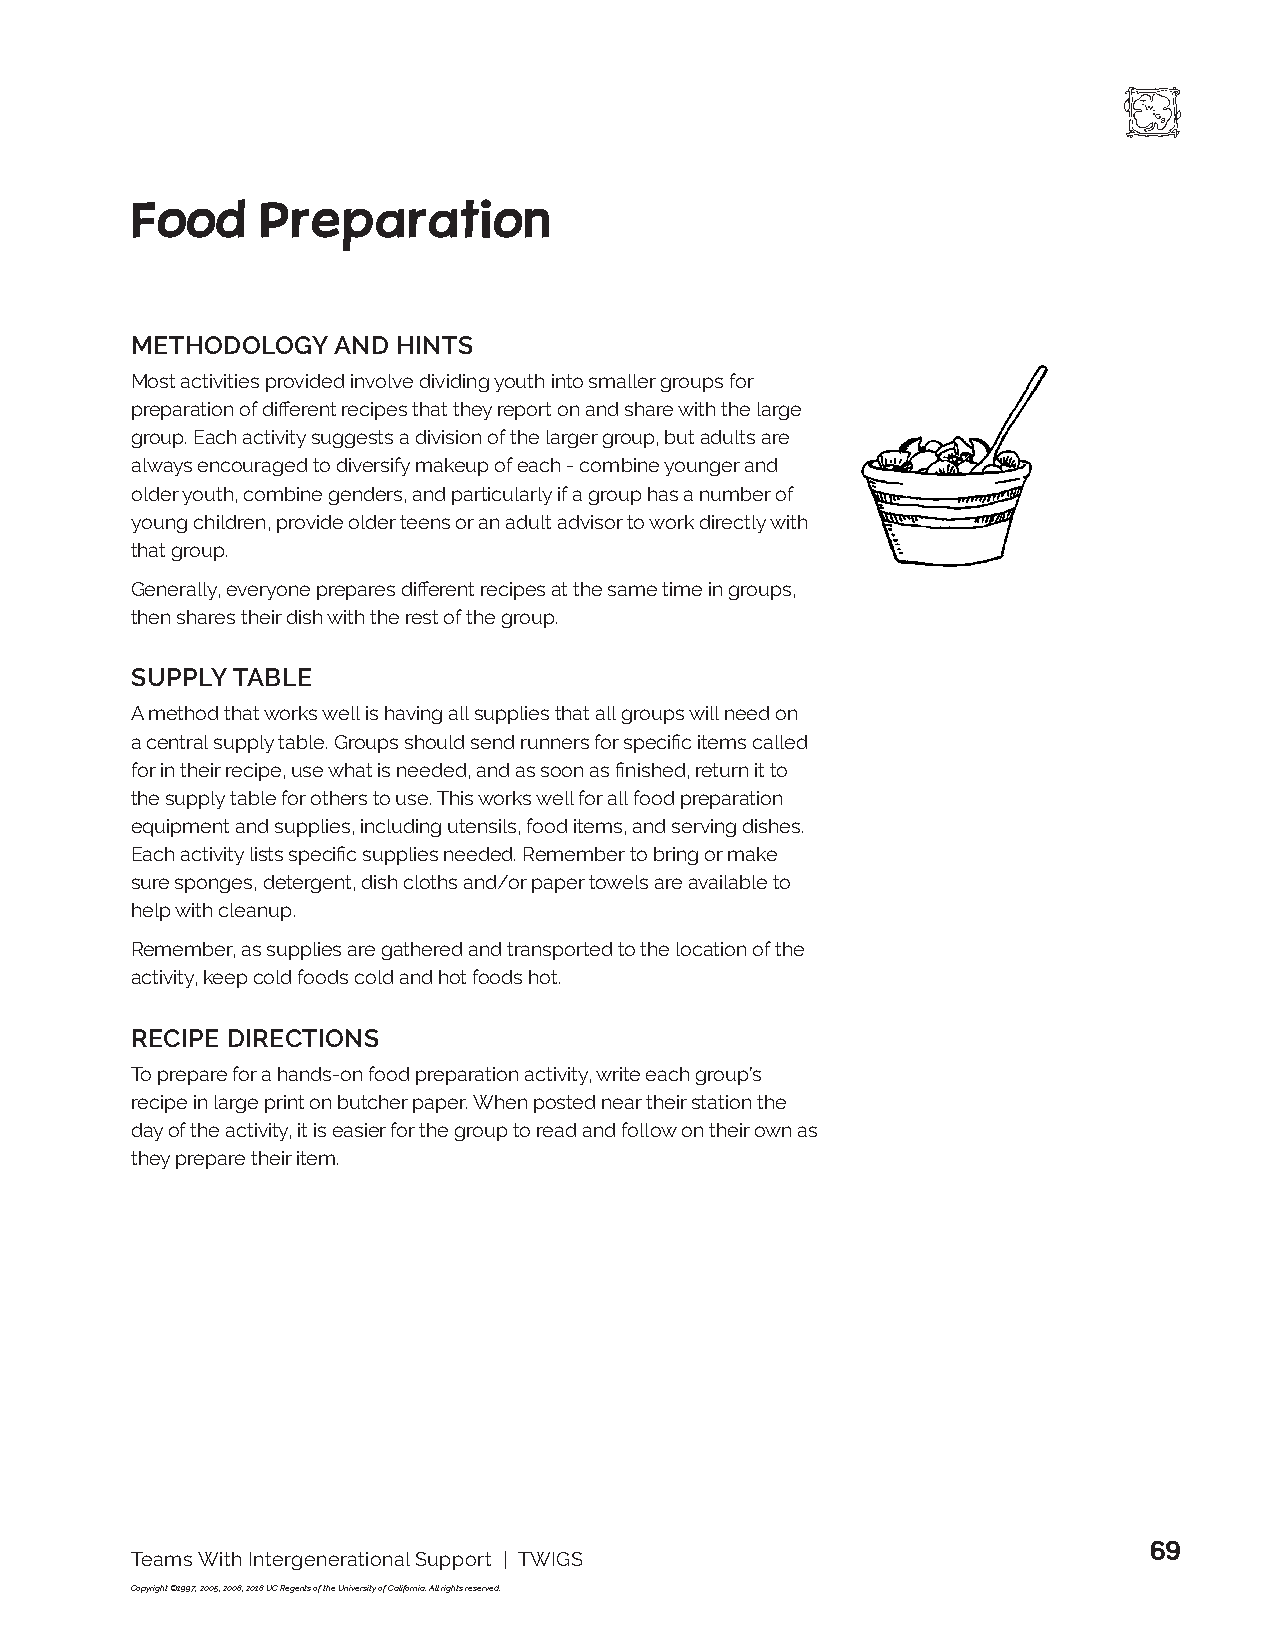
Food    Preparation
 METHODOLOGY  AND HINTS
 Most activities provided involve dividing youth into smaller groups for
 preparation of different recipes that they report on and share with the large
 group. Each activity suggests a division of the larger group, but adults are
 always encouraged to diversify makeup of each - combine younger and
 older youth, combine genders, and particularly if a group has a number of
 young children, provide older teens or an adult advisor to work directly with
 that group.
 Generally, everyone prepares different recipes at the same time in groups,
 then shares their dish with the rest of the group.
 SUPPLY TABLE
 A method that works well is having all supplies that all groups will need on
 a central supply table. Groups should send runners for specific items called
 for in their recipe, use what is needed, and as soon as finished, return it to
 the supply table for others to use. This works well for all food preparation
 equipment and supplies, including utensils, food items, and serving dishes.
 Each activity lists specific supplies needed. Remember to bring or make
 sure sponges, detergent, dish cloths and/or paper towels are available to
 help with cleanup.
 Remember, as supplies are gathered and transported to the location of the
 activity, keep cold foods cold and hot foods hot.
 RECIPE DIRECTIONS
 To prepare for a hands-on food preparation activity, write each group’s
 recipe in large print on butcher paper. When posted near their station the
 day of the activity, it is easier for the group to read and follow on their own as
 they prepare their item.
 69
 Teams With Intergenerational Support | TWIGS
 Copyright ©1997, 2005, 2008, 2018 UC Regents of the University of California. All rights reserved.